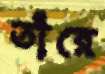
তাঁরে